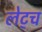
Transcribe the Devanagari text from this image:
लेट्च